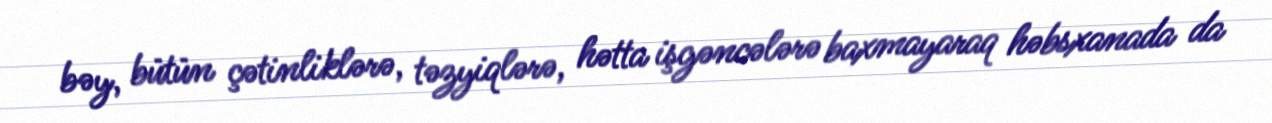
bəy, bütün çətinliklərə, təzyiqlərə, hətta işgəncələrə baxmayaraq həbsxanada da